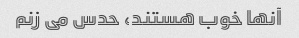
آنها خوب هستند، حدس می زنم